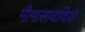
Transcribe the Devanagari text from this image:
मीमासावादियों